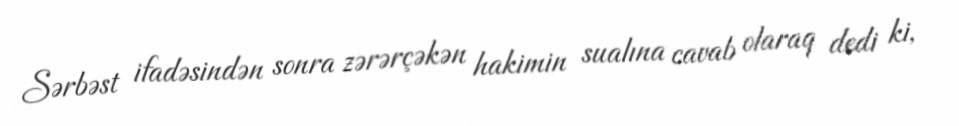
Sərbəst ifadəsindən sonra zərərçəkən hakimin sualına cavab olaraq dedi ki,